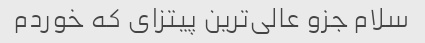
سلام جزو عالی‌ترین پیتزای که خوردم